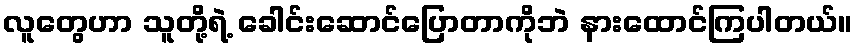
လူတွေဟာ သူတို့ရဲ့ ခေါင်းဆောင်ပြောတာကိုဘဲ နားထောင်ကြပါတယ်။